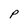
Character: P